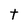
Character: t